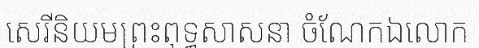
សេរីនិយមព្រះពុទ្ធសាសនា ចំណែកឯលោក